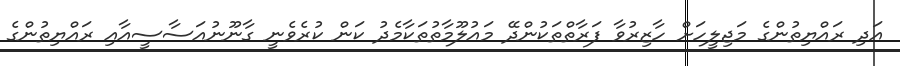
އަދި ރައްޔިތުންގެ މަޖިލީހަށް ހާޒިރުވާ ފަރާތްތަކުންދޭ މައުލޫމާތުތަކާމެދު ކަން ކުރެވެނީ ގާނޫނުއަސާސީއާއި ރައްޔިތުންގެ